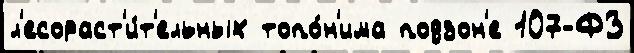
л'есораст'и́т'ельных топо́н'има подзон'е 107-ФЗ